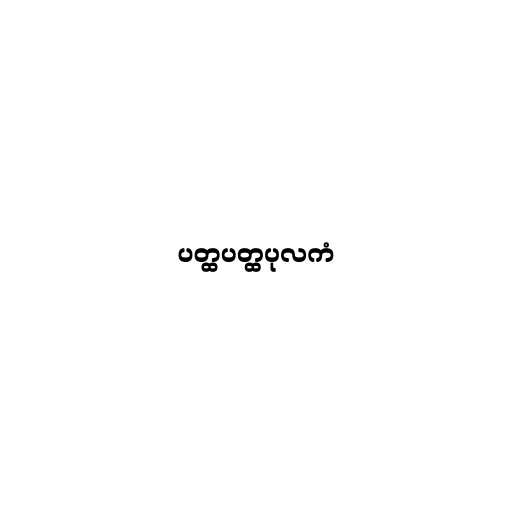
ပတ္ထပတ္ထပုလကံ